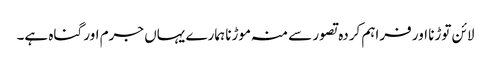
لائن توڑنا اور فراہم کردہ تصور سے منہ موڑنا ہمارے یہاں جرم اور گناہ ہے۔